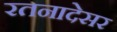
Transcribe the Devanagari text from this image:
रतनादेसर